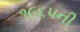
૧૯૬૫ની